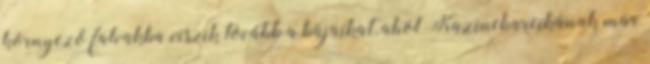
környező falvakba viszik tovább a bajaikat, ahol Kazincbarcikának már